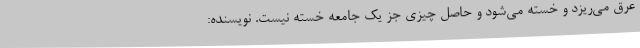
عرق می‌ریزد و خسته می‌شود و حاصل چیزی جز یک جامعه خسته نیست. نویسنده: